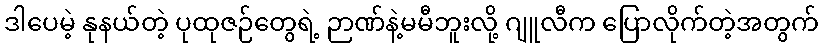
ဒါပေမဲ့ နုနယ်တဲ့ ပုထုဇဉ်တွေရဲ့ ဉာဏ်နဲ့မမီဘူးလို့ ဂျူလီက ပြောလိုက်တဲ့အတွက်